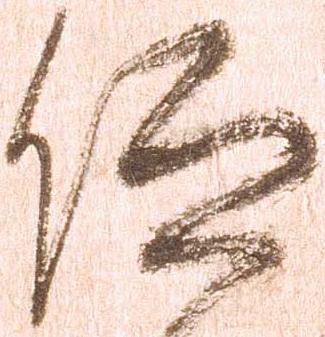
仰